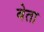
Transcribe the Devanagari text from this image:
बेता